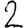
Digit: 2